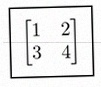
\begin{bmatrix}1&2\\3&4\end{bmatrix}